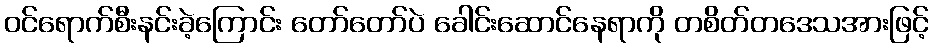
ဝင်ရောက်စီးနင်းခဲ့ကြောင်း တော်တော်ပဲ ခေါင်းဆောင်နေရာကို တစိတ်တဒေသအားဖြင့်